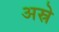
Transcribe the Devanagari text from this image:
अस्रे